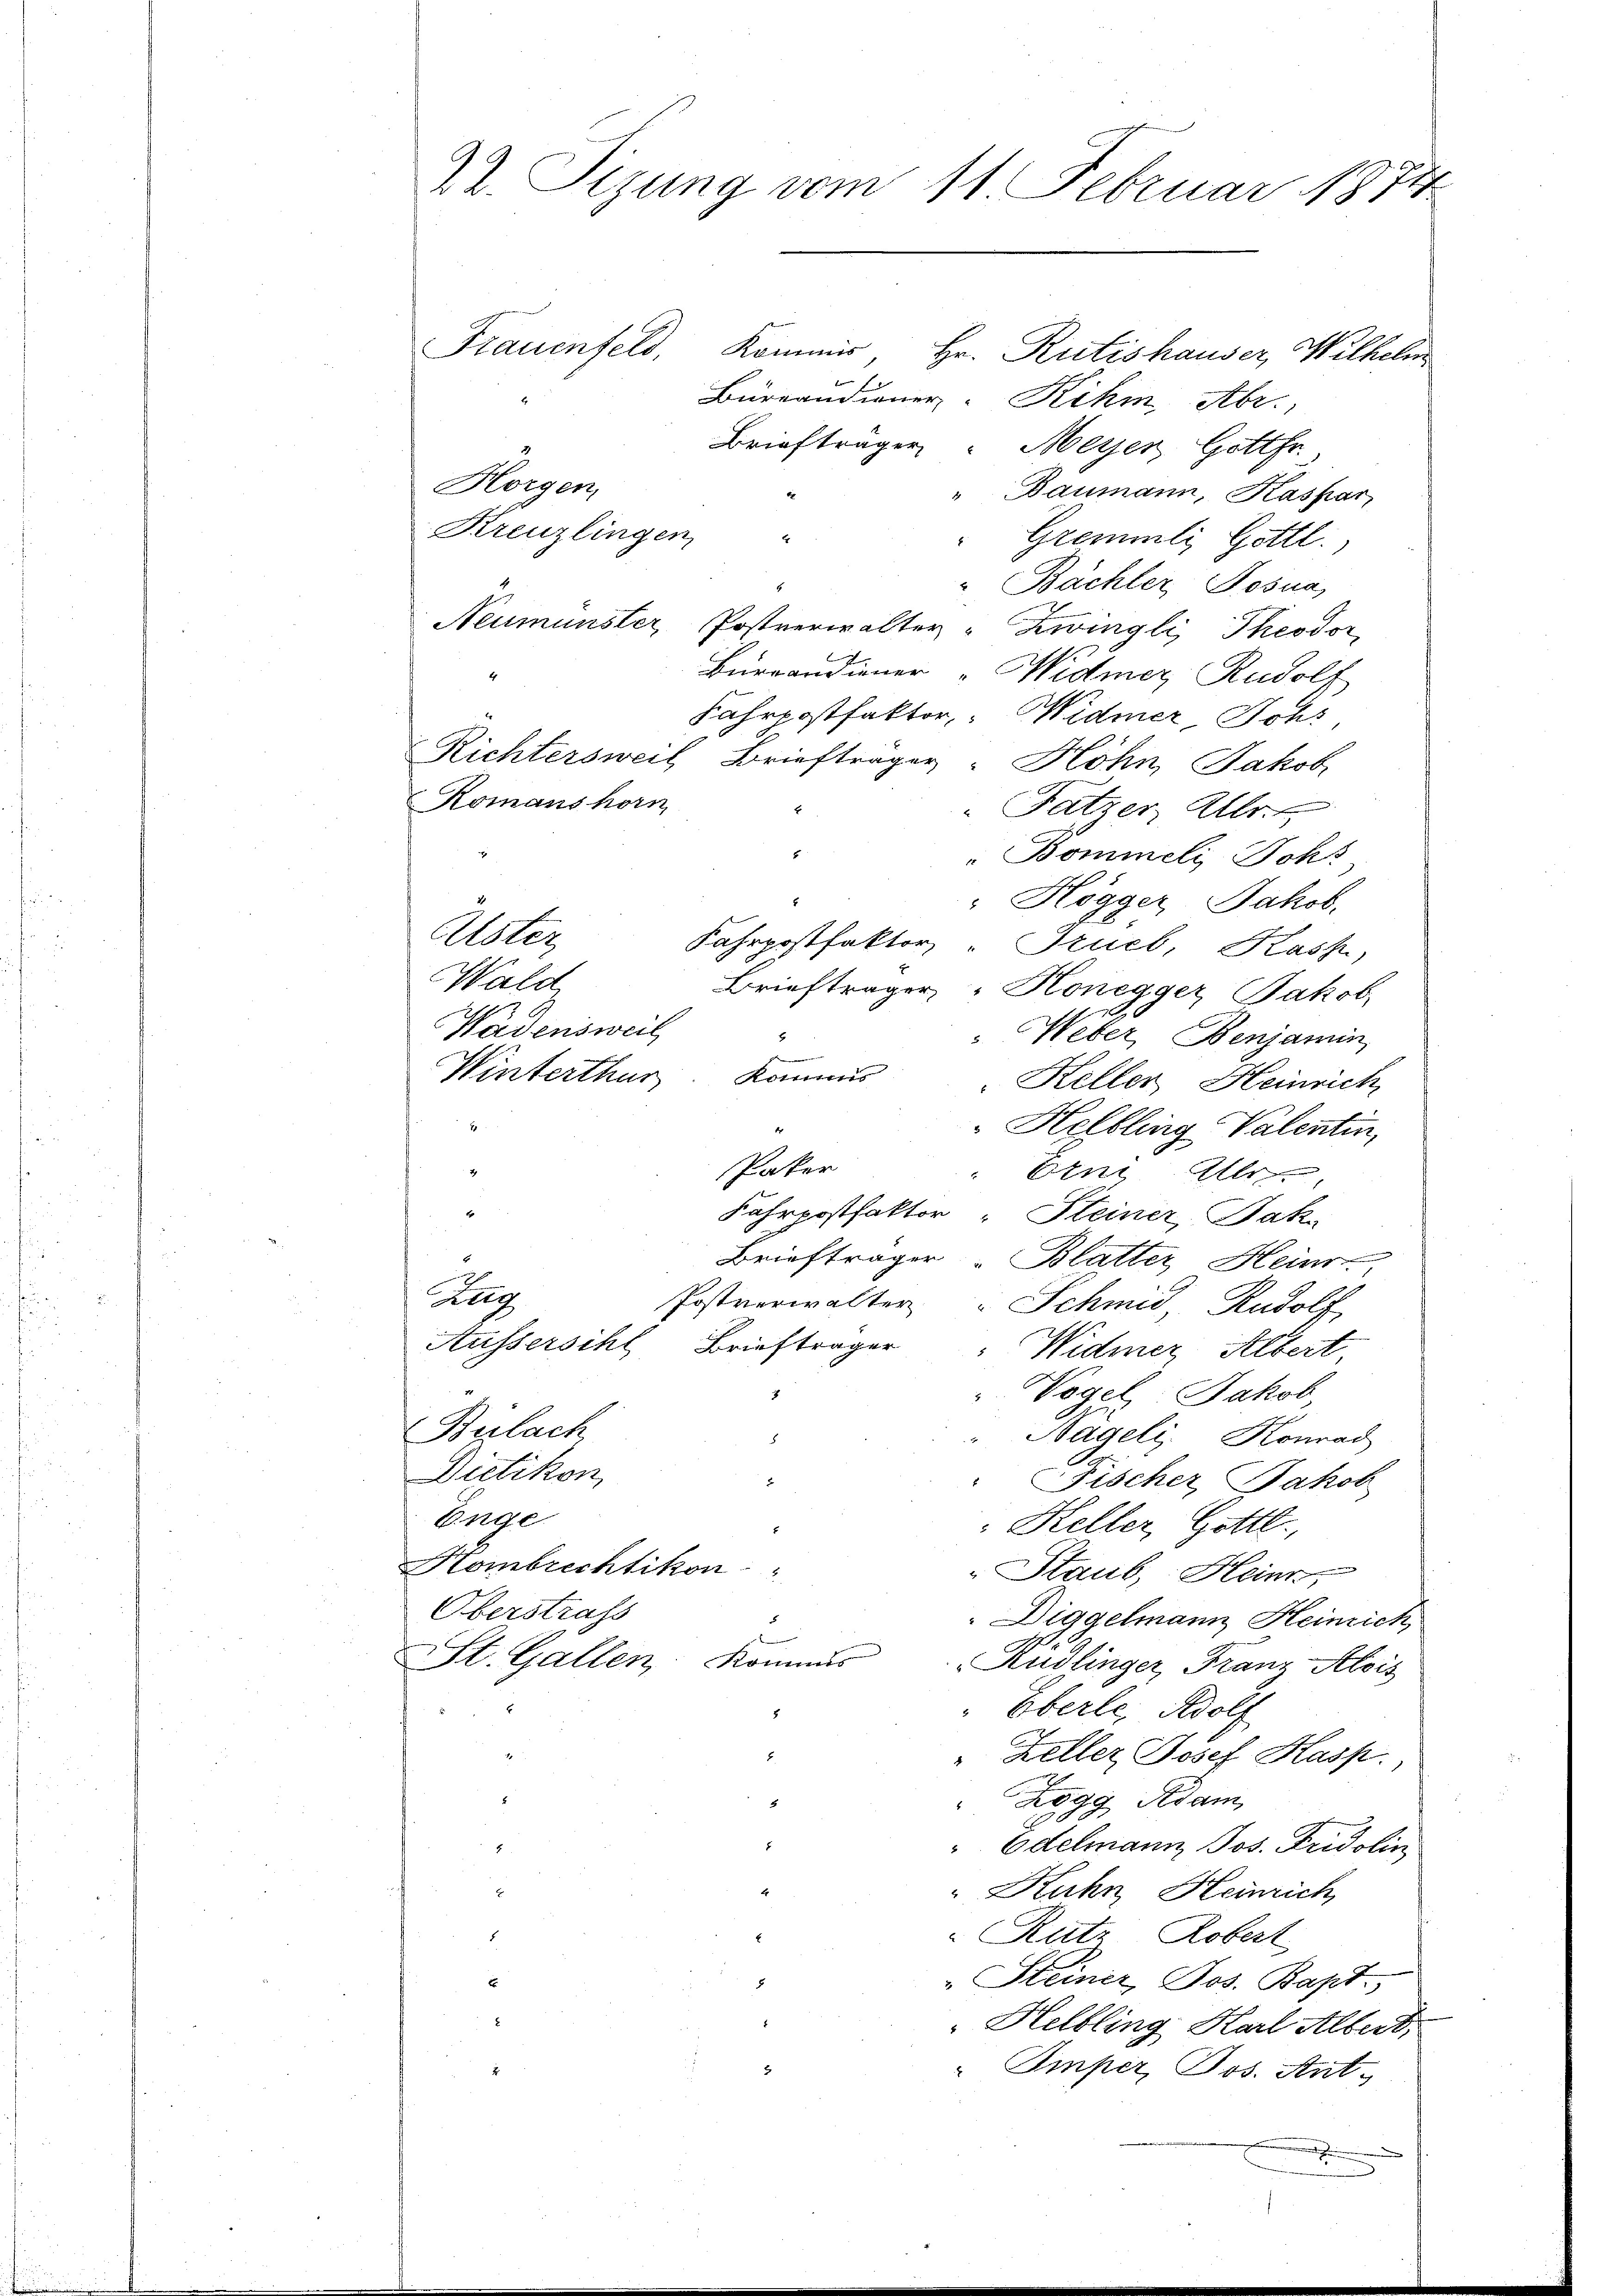
22. Sizung vom 11. Februar 1874

Kommis, Hr. Rütishauser, Wilhelm
Bürcandioner-Rihm, Abr.
Brieftragen Meyer, Gottfr.
Horgen,
" Baumann, Kaspar
Kreuzlingen
d
"Gremmli Gottl.
" Bächler, Josua
Neumünster, Postverwalter Zwingli, Theodor
Burrandiener „Widmer, Rudolf
Fahrpostfaktor Widmer, Johs
Richtersweil Briefträger Höhn Jakob
Komanshorn
Fätzer, Alle
Bommeli, Schr
"Högger Jakob.
Elster
Fahrpostfaktor, " Truel, Kass
Wald
Briefträger Honegger, Jakob
Wädensweil
5
" Weber, Benjamin

Winterthur
Kommis
Keller Heinrich
2
Helbling-Valentin,
Paker
Etni Alt
E
Fahrpostfaktor Steiner, Jak.
Briefträger Blatter Heinr
Zug
Postverwalter Schmid, Rudolf
Aussersihl Briefträger Widmer Albert,
Vogel Jakob
Bülach
Nageli. Konrad
Dietikon,
x
" Fischer Jakob
Enge
 Keller, Gottl.
Hombrechtikon "
Staub, Heinr
Oberstrafs
Diggelmann Heinrich,
e
SSt. Gallen: Kommis
Rüdlinger, Franz Alois
Eberle, Adolf
.
" Keller Josef Hasp.
Zogg Adam

" Edelmann Jos. Fridolin
E
 Kuhn, Heinrich
Rutz, Robert
Steiner Jos. Bapt.
Helbling Karl Albert,
2
" Imper, Jos. Stat.
.

Frauenfels,